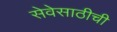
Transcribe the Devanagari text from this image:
सेवेसाठीची